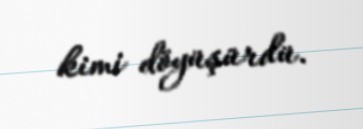
kimi döyüşürdü.